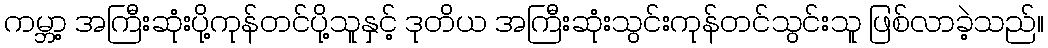
ကမ္ဘာ့ အကြီးဆုံးပို့ကုန်တင်ပို့သူနှင့် ဒုတိယ အကြီးဆုံးသွင်းကုန်တင်သွင်းသူ ဖြစ်လာခဲ့သည်။